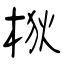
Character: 梑